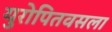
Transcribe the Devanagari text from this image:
युरोपितवसला